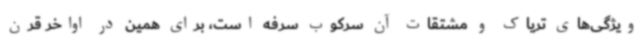
ویژگی‌های تریاک و مشتقات آن سرکوب سرفه است، برای همین در اواخر قرن